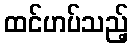
ထင်ဟပ်သည့်